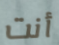
أنت